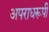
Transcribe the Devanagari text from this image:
अपराधरूपी